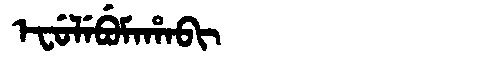
Manchu: ᡝᠸᡠᠯᡝᠪᡠᠮᠠᡥᠠᠪᡳ
Romanization: EFULEBUMAHABI